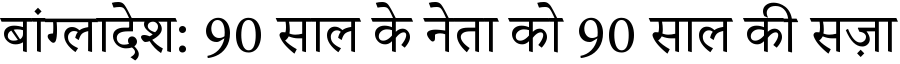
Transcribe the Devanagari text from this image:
बांग्लादेश: 90 साल के नेता को 90 साल की सज़ा